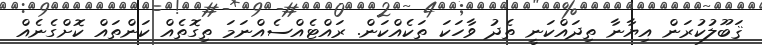
ޤަބޫލުކުރަން އިޔާނާ ތިދައްކަނީ ތެދު ވާހަކަ ތަކެއްކަން. ރައްޓެއްސެއްނަމަ ތިގޮތެއް ކަންތައް ކޮށްގެނެއް